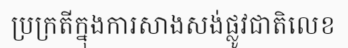
ប្រក្រតីក្នុងការសាងសង់ផ្លូវជាតិលេខ